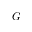
G